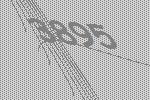
3895